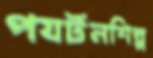
পযর্টনশিল্প